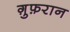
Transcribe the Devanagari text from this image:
ग़ुफ़रान